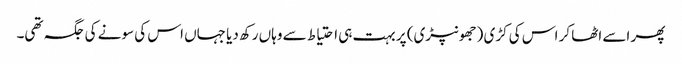
پھر اسے اٹھا کر اس کی کڑی (جھونپڑی) پر بہت ہی احتیاط سے وہاں رکھ دیا جہاں اس کی سونے کی جگہ تھی۔